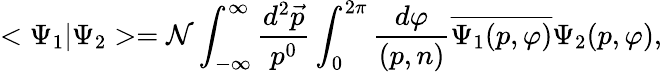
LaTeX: <\Psi_{1}|\Psi_{2}>=\mathcal{N}\int_{-\infty}^{\infty}\frac{{d^{2}\vec{{p}}}}{{p^{0}}}\int_{0}^{2\pi}\frac{{d\varphi}}{{(p,n)}}\overline{{{{\Psi_{1}(p,\varphi)}}}}\Psi_{2}(p,\varphi),